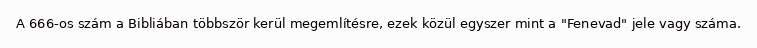
A 666-os szám a Bibliában többször kerül megemlítésre, ezek közül egyszer mint a "Fenevad" jele vagy száma.